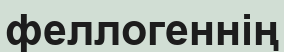
феллогеннің